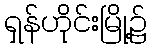
ရှန်ဟိုင်းမြို့၌